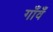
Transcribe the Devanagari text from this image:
गाँवँ